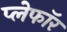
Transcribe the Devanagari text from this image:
प्लेफॉर